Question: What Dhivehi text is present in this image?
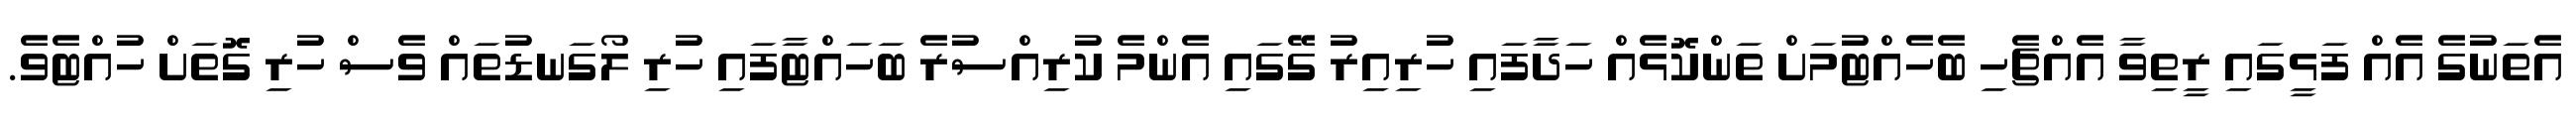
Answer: އެތަނުގެ އެއް ފަޅީގައި ރީތިވާ އެއްޗެހި ބެހެއްޓުމަށް ތަންކޮޅެއް ހަދާފައި ހުރިއިރު ގޭގައި އެންމެ ކުރިއްސުރެ ބަހައްޓާފައި ހުރި ލޯގަނޑުތައް ވެސް ހުރި ގޮތަށް ހުއްޓެވެ.